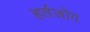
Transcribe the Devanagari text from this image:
हर्तजोग